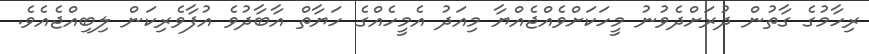
ރިހާމުގެ ގާތުން ދުރަށްދެވުނު މީހަކަށްވެއްޖެއްޔާ މިއަދު އެމީހެއްގެ ހަޔާތް އާބާދުވެ އުފާވެރިކަން ލިބިއްޖެއެވެ.